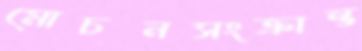
মোচনসংক্রান্ত